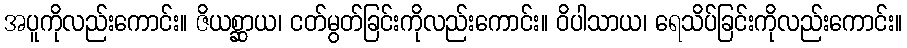
အပူကိုလည်းကောင်း။ ဇိယစ္ဆာယ၊ ငတ်မွတ်ခြင်းကိုလည်းကောင်း။ ဝိပါသာယ၊ ရေသိပ်ခြင်းကိုလည်းကောင်း။